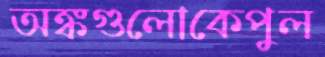
অঙ্কগুলোকেপুল